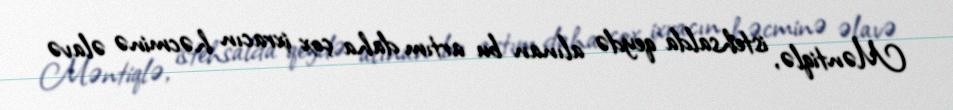
Məntiqlə, istehsalda qeydə alınan bu artım daha çox ixracın həcminə əlavə